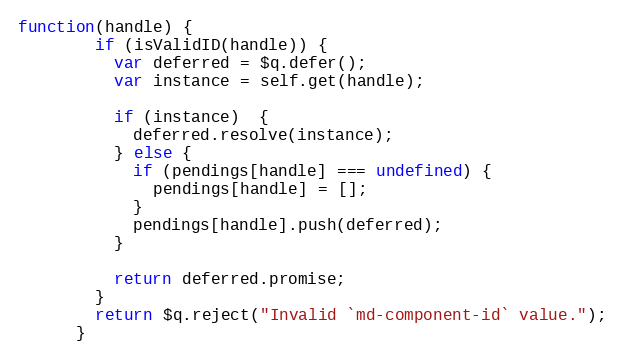
Language: JavaScript
function(handle) {
        if (isValidID(handle)) {
          var deferred = $q.defer();
          var instance = self.get(handle);

          if (instance)  {
            deferred.resolve(instance);
          } else {
            if (pendings[handle] === undefined) {
              pendings[handle] = [];
            }
            pendings[handle].push(deferred);
          }

          return deferred.promise;
        }
        return $q.reject("Invalid `md-component-id` value.");
      }